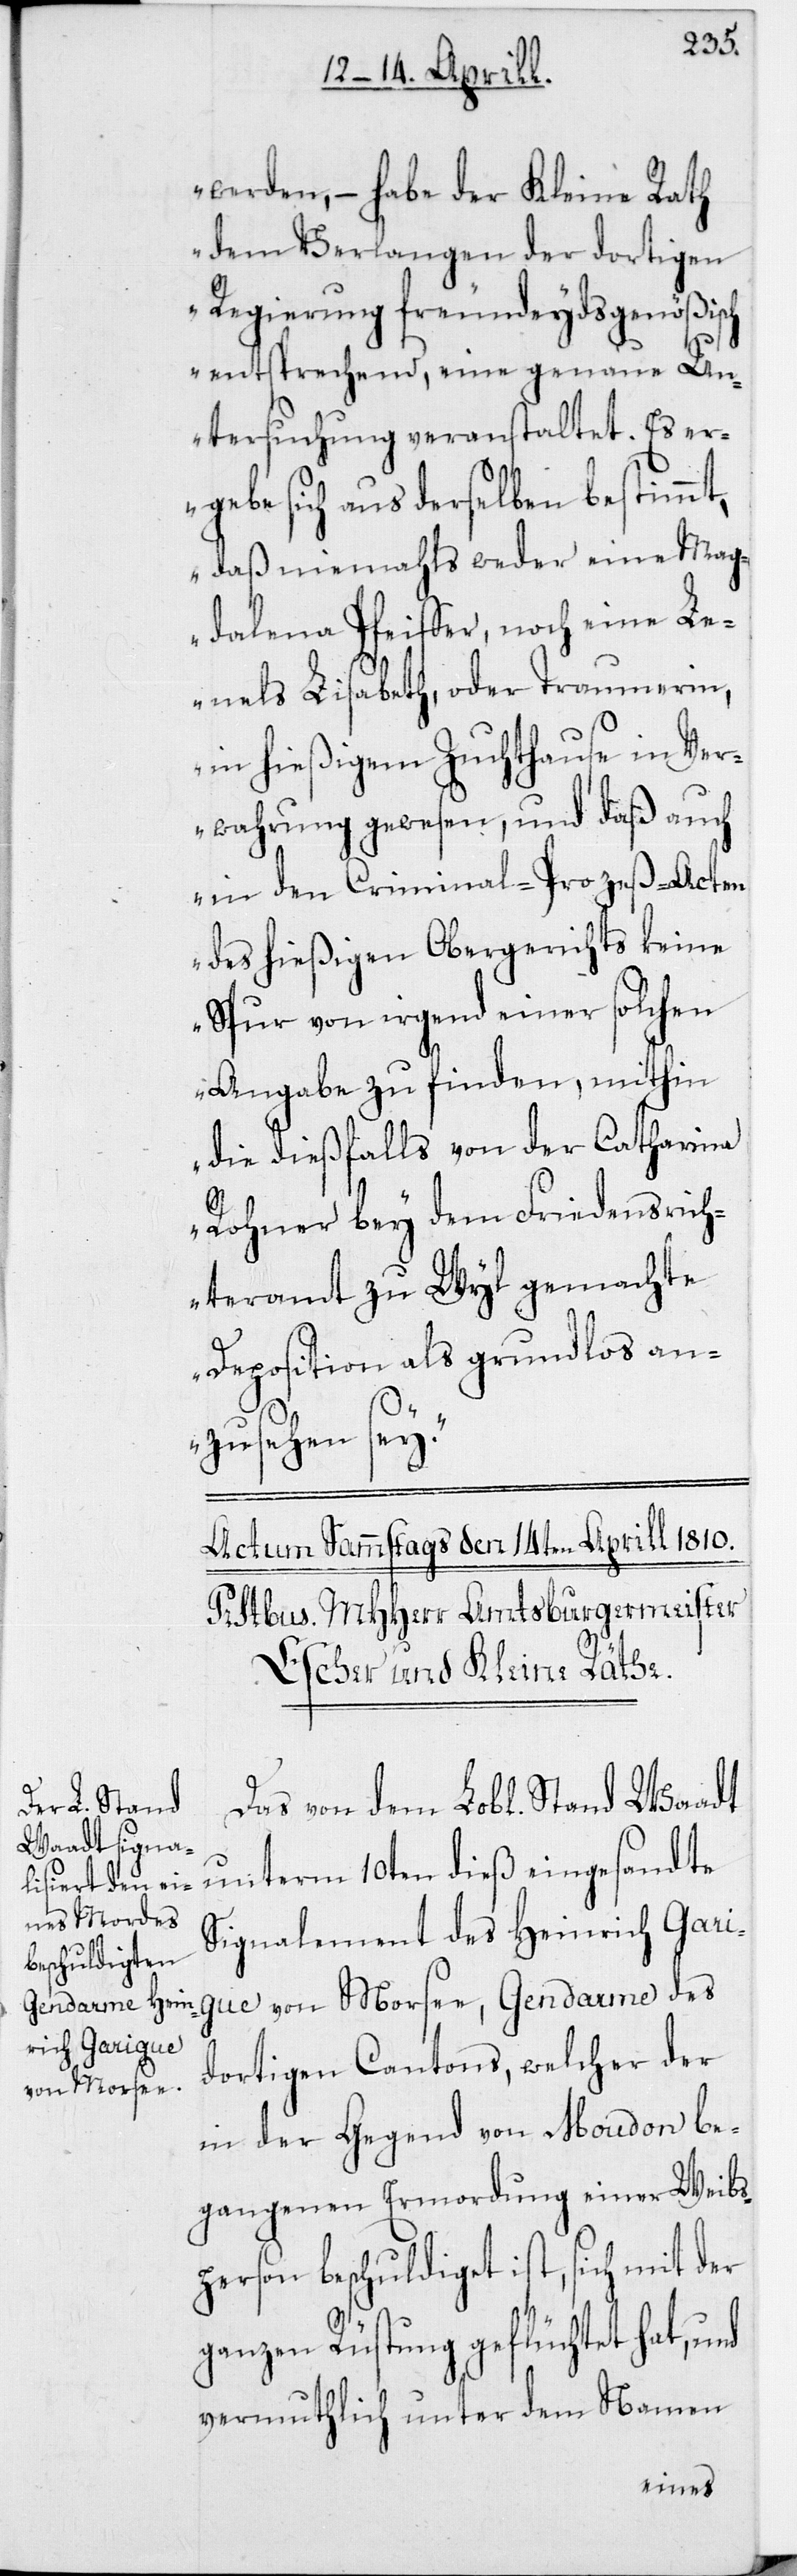
werden, – habe der Kleine Rath
dem Verlangen der dortigen
Regierung freundeydsgenößisch
entsprechend, eine genaue Un¬
tersuchung veranstaltet. Es er¬
gebe sich aus derselben bestimmt,
daß niemahls weder eine Mag¬
dalena Pfeiffer, noch eine Le¬
nels Lisabeth, oder Traumerin,
in hießigem Zuchthause in Ver¬
wahrung gewesen, und daß auch
in den Criminal-Prozeß-Acten
des hießigen Obergerichts keine
Spur von irgend einer solchen
Angabe zu finden, mithin
die dießfalls von der Catharina
Rohner bey dem Friedensrich¬
teramt zu Wyl gemachte
Deposition als grundlos an¬
zusehen sey.“
Das von dem Lob[lichen] Stand
unterm 10ten dieß eingesandte
Signalement des Heinrich Gari¬
gue von Morsee, Gendarme des
dortigen Cantons, welcher der
in der Gegend von Moudon be¬
gangenen Ermordung einer Weibs¬
person beschuldiget ist, sich mit der
ganzen Rüstung geflüchtet hat,
vermuthlich unter dem Namen